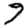
Digit: 9